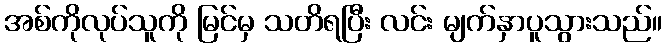
အစ်ကိုလုပ်သူကို မြင်မှ သတိရပြီး လင်း မျက်နှာပူသွားသည်။